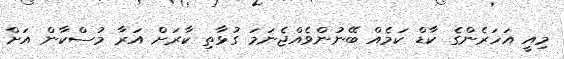
މިއީ އަހަރެންގެ ކާޑް ކަމެއް ބޭނުންވެއްޖެނަމަ ގުޅާތި ކާރަށް އަރާ މުސްކާން އަށް